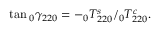
\tan \phantom { } _ { 0 } \gamma _ { 2 2 0 } = - \phantom { } _ { 0 } T _ { 2 2 0 } ^ { s } / \phantom { } _ { 0 } T _ { 2 2 0 } ^ { c } .